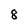
Character: 8